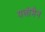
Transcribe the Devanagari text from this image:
यलोमैन